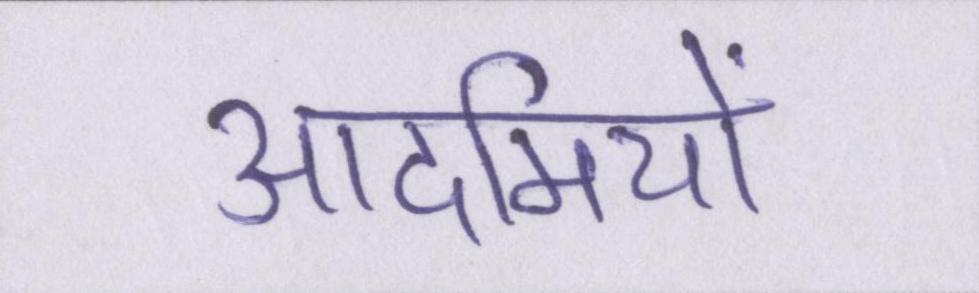
आदमियों